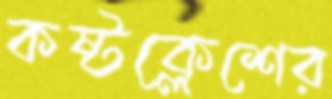
কষ্টক্লেশের